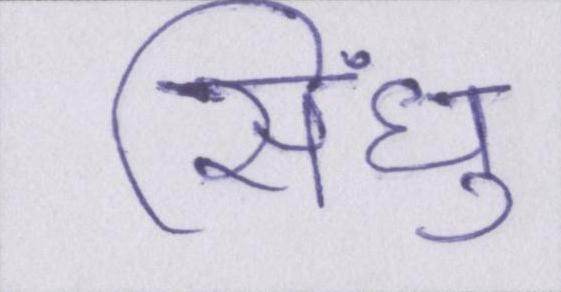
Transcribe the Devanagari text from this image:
सिंधु